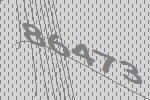
86473